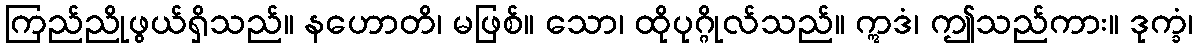
ကြည်ညိုဖွယ်ရှိသည်။ နဟောတိ၊ မဖြစ်။ သော၊ ထိုပုဂ္ဂိုလ်သည်။ ဣဒံ၊ ဤသည်ကား။ ဒုက္ခံ၊